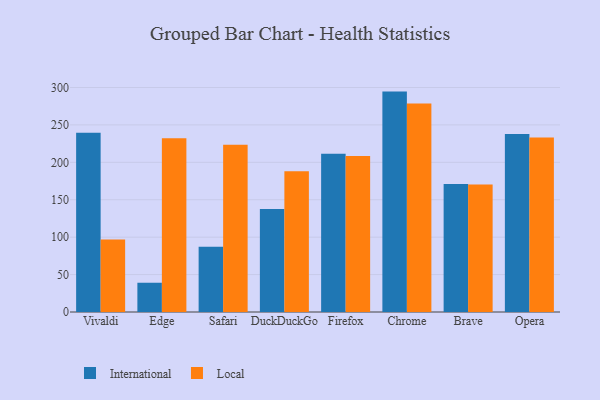
{"axis": {"x": "Browser", "y": "Inventory Turnover"}, "legend": ["International", "Local"], "data": [{"x": "Vivaldi", "y": 239.5, "type": "International"}, {"x": "Vivaldi", "y": 97.0, "type": "Local"}, {"x": "Edge", "y": 39.1, "type": "International"}, {"x": "Edge", "y": 232.0, "type": "Local"}, {"x": "Safari", "y": 87.2, "type": "International"}, {"x": "Safari", "y": 223.5, "type": "Local"}, {"x": "DuckDuckGo", "y": 137.7, "type": "International"}, {"x": "DuckDuckGo", "y": 188.0, "type": "Local"}, {"x": "Firefox", "y": 211.4, "type": "International"}, {"x": "Firefox", "y": 208.6, "type": "Local"}, {"x": "Chrome", "y": 294.5, "type": "International"}, {"x": "Chrome", "y": 278.6, "type": "Local"}, {"x": "Brave", "y": 171.1, "type": "International"}, {"x": "Brave", "y": 170.2, "type": "Local"}, {"x": "Opera", "y": 237.7, "type": "International"}, {"x": "Opera", "y": 233.3, "type": "Local"}]}